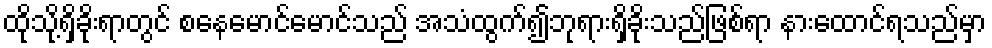
ထိုသို့ရှိခိုးရာတွင် စနေမောင်မောင်သည် အသံထွက်၍ဘုရားရှိခိုးသည်ဖြစ်ရာ နားထောင်ရသည်မှာ